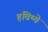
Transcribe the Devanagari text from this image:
हविष्ये